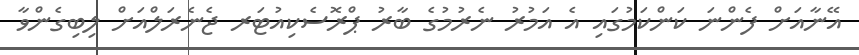
އޭނާއަށް ފެންނަ ކަންކަމުގައި އެ އަމުރު ނެރުމުގެ ބާރު ޕްރޮސެކިއުޓަރ ޖެނެރަލްއަށް ލިބިގެންވާ